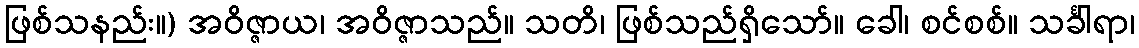
ဖြစ်သနည်း။) အဝိဇ္ဇာယ၊ အဝိဇ္ဇာသည်။ သတိ၊ ဖြစ်သည်ရှိသော်။ ခေါ၊ စင်စစ်။ သင်္ခါရာ၊